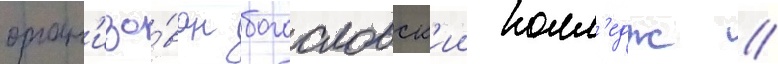
орган'изо́ван богословск'ии колл'едж //